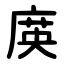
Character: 㢍